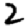
Digit: 2